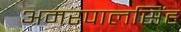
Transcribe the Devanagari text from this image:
अमरपालसिंह